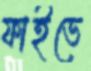
ফাইভে